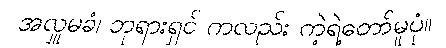
အလှူမခံ၊ ဘုရားရှင် ကလည်း ကဲ့ရဲ့တော်မူပုံ။